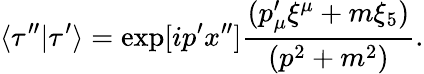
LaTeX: \langle\tau^{\prime\prime}|\tau^{\prime}\rangle=\exp[ip^{\prime}x^{\prime\prime}]{\frac{(p_{\mu}^{\prime}\xi^{\mu}+m\xi_{5})}{(p^{2}+m^{2})}}.